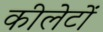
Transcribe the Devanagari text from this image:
कीलेटों